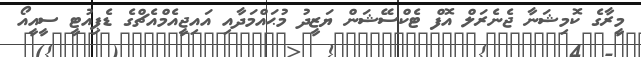
މީރާގެ ކޮމިޝަނާ ޖެނެރަލް އޮފް ޓެކްސޭޝަން ޔަޒީދު މުޙައްމަދާއި އައިޖީއެމްއެޗްގެ ޑެޕިއުޓީ ސީއީއޯ